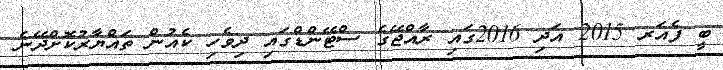
ބީ ފެއަރ 2015 އަދި 2016ގައި ރާއްޖޭގެ ސްޓޭންޑްގައި ދިވެހި ކެއުން ތައްޔާރުކޮށްދޭނެ